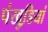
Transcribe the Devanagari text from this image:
पंखुडि़यां